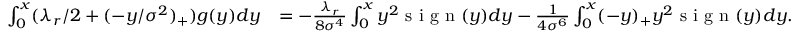
\begin{array} { r l } { \int _ { 0 } ^ { x } ( \lambda _ { r } / 2 + ( - y / \sigma ^ { 2 } ) _ { + } ) g ( y ) d y } & { = - \frac { \lambda _ { r } } { 8 \sigma ^ { 4 } } \int _ { 0 } ^ { x } y ^ { 2 } \textnormal { s i g n } ( y ) d y - \frac { 1 } { 4 \sigma ^ { 6 } } \int _ { 0 } ^ { x } ( - y ) _ { + } y ^ { 2 } \textnormal { s i g n } ( y ) d y . } \end{array}